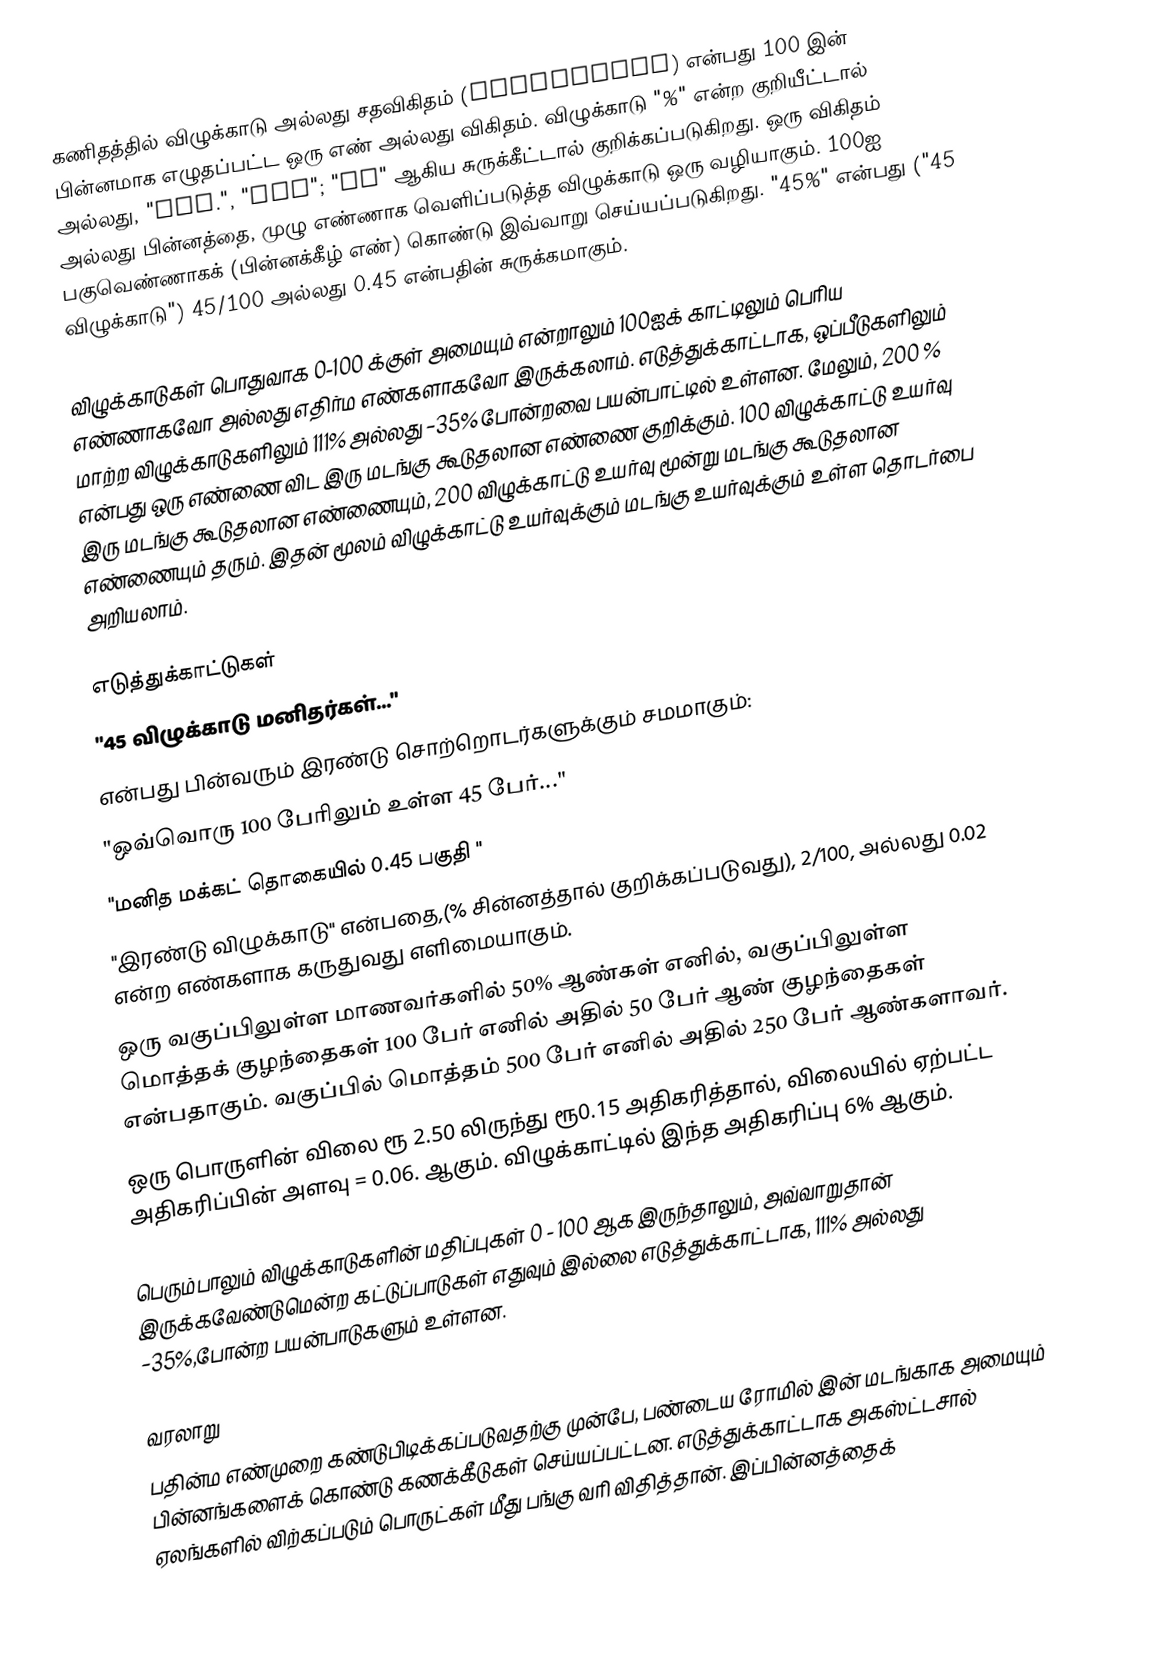
கணிதத்தில் விழுக்காடு அல்லது சதவிகிதம் (percentage) என்பது 100 இன் பின்னமாக எழுதப்பட்ட ஒரு எண் அல்லது விகிதம். விழுக்காடு "%" என்ற குறியீட்டால் அல்லது, "pct.", "pct";  "pc" ஆகிய சுருக்கீட்டால் குறிக்கப்படுகிறது. ஒரு விகிதம் அல்லது பின்னத்தை, முழு எண்ணாக வெளிப்படுத்த விழுக்காடு ஒரு வழியாகும். 100ஐ பகுவெண்ணாகக் (பின்னக்கீழ் எண்) கொண்டு இவ்வாறு செய்யப்படுகிறது. "45%" என்பது  ("45 விழுக்காடு")  45/100 அல்லது 0.45 என்பதின் சுருக்கமாகும்.

விழுக்காடுகள் பொதுவாக 0-100 க்குள் அமையும் என்றாலும் 100ஐக் காட்டிலும் பெரிய எண்ணாகவோ அல்லது எதிர்ம எண்களாகவோ இருக்கலாம். எடுத்துக்காட்டாக, ஒப்பீடுகளிலும் மாற்ற விழுக்காடுகளிலும் 111% அல்லது −35% போன்றவை பயன்பாட்டில் உள்ளன. மேலும், 200 % என்பது ஒரு எண்ணை விட இரு மடங்கு கூடுதலான எண்ணை குறிக்கும். 100 விழுக்காட்டு உயர்வு இரு மடங்கு கூடுதலான எண்ணையும், 200 விழுக்காட்டு உயர்வு மூன்று மடங்கு கூடுதலான எண்ணையும் தரும். இதன் மூலம் விழுக்காட்டு உயர்வுக்கும் மடங்கு உயர்வுக்கும் உள்ள தொடர்பை அறியலாம்.

எடுத்துக்காட்டுகள்
"45 விழுக்காடு மனிதர்கள்..."
என்பது பின்வரும் இரண்டு சொற்றொடர்களுக்கும் சமமாகும்:
 "ஒவ்வொரு 100 பேரிலும் உள்ள 45 பேர்..."
 "மனித மக்கட் தொகையில் 0.45 பகுதி "
"இரண்டு விழுக்காடு" என்பதை,(% சின்னத்தால் குறிக்கப்படுவது), 2/100, அல்லது 0.02 என்ற எண்களாக கருதுவது எளிமையாகும்.
ஒரு வகுப்பிலுள்ள மாணவர்களில் 50% ஆண்கள் எனில், வகுப்பிலுள்ள மொத்தக் குழந்தைகள் 100 பேர் எனில் அதில் 50 பேர் ஆண் குழந்தைகள் என்பதாகும். வகுப்பில் மொத்தம் 500 பேர் எனில் அதில் 250 பேர் ஆண்களாவர்.
ஒரு பொருளின் விலை ரூ 2.50 லிருந்து ரூ0.15 அதிகரித்தால், விலையில் ஏற்பட்ட அதிகரிப்பின் அளவு  = 0.06. ஆகும்.  விழுக்காட்டில் இந்த அதிகரிப்பு  6% ஆகும்.

பெரும்பாலும் விழுக்காடுகளின் மதிப்புகள் 0 - 100 ஆக இருந்தாலும், அவ்வாறுதான் இருக்கவேண்டுமென்ற கட்டுப்பாடுகள் எதுவும் இல்லை எடுத்துக்காட்டாக,  111% அல்லது −35%,போன்ற பயன்பாடுகளும் உள்ளன.

வரலாறு
பதின்ம எண்முறை கண்டுபிடிக்கப்படுவதற்கு முன்பே, பண்டைய ரோமில்  இன் மடங்காக அமையும் பின்னங்களைக் கொண்டு கணக்கீடுகள் செய்யப்பட்டன. எடுத்துக்காட்டாக அகஸ்ட்டசால் ஏலங்களில் விற்கப்படும் பொருட்கள் மீது  பங்கு வரி விதித்தான். இப்பின்னத்தைக்